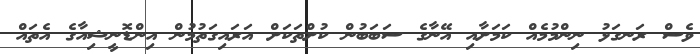
ވެސް ރަނގަޅު ނިންމުމެއް ކަމަށާއި އޭނާގެ ސަބަބުން ކުށްތަކަށް އަރައިގަތުމުން އިންޑޮނީޝިއާގެ އެތައް